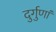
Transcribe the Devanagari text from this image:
दुर्गुणां